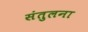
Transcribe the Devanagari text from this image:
संतुलना